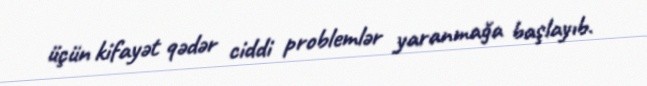
üçün kifayət qədər ciddi problemlər yaranmağa başlayıb.